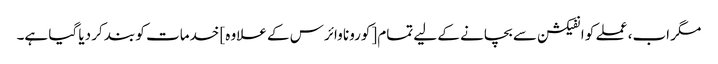
مگر اب، عملے کو انفیکشن سے بچانے کے لیے تمام [کورونا وائرس کے علاوہ] خدمات کو بند کر دیا گیا ہے۔